Calcutta medical institutions reports 1879-81 [i.e.91]
Year: 1879
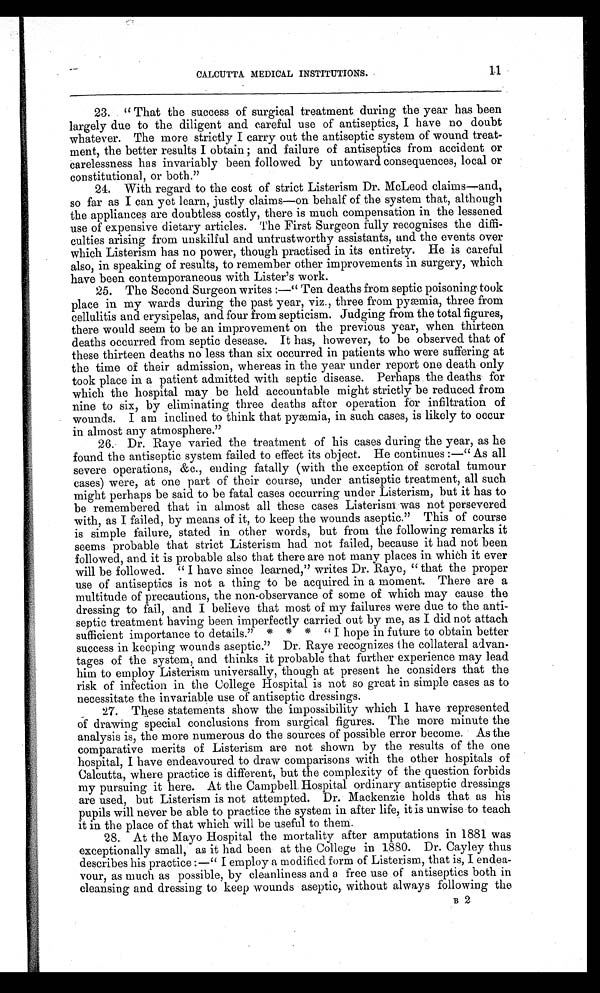
11
CALCUTTA MEDICAL INSTITUTIONS.
23. "That the success of surgical treatment during the year has been
largely due to the diligent and careful use of antiseptics, I have no doubt
whatever. The more strictly I carry out the antiseptic system of wound treat
-
ment, the better results I obtain and failure of antiseptics from accident or
carelessness has invariably been followed by untoward consequences, local or
constitutional, or both."
24. With regard to the cost of strict Listerism Dr. McLeod claims—and,
so far as I can yet learn, justly claims—on behalf of the system that, although
the appliances are doubtless costly, there is much compensation in the lessened
use of expensive dietary articles. The First Surgeon fully recognises the diffi
-
culties arising from unskilful and untrustworthy assistants, and the events over
which Listerism has no power, though practised in its entirety. He is careful
also, in speaking of results, to remember other improvements in surgery, which
have been contemporaneous with Lister's work.
25. The Second Surgeon writes:—"Ten deaths from septic poisoning took
place in my wards during the past year, viz., three from pyæmia, three from
cellulitis and erysipelas, and four from septicism. Judging from the total figures,
there would seem to be an improvement on the previous year, when thirteen
deaths occurred from septic desease. It has, however, to be observed that of
these thirteen deaths no less than six occurred in patients who were suffering at
the time of their admission, whereas in the year under report one death only
took place in a patient admitted with septic disease. Perhaps the deaths for
which the hospital may be held accountable might strictly be reduced from
nine to six, by eliminating three deaths after operation for infiltration of
wounds. I am inclined to think that pyæmia, in such cases, is likely to occur
in almost any atmosphere."
26. Dr. Raye varied the treatment of his cases during the year, as he
found the antiseptic system failed to effect its object. He continues:—"As all
severe operations, &c., ending fatally (with the exception of scrotal tumour
cases) were, at one part of their course, under antiseptic treatment, all such
might perhaps be said to be fatal cases occurring under Listerism, but it has to
be remembered that in almost all these cases Listerism was not persevered
with, as I failed, by means of it, to keep the wounds aseptic." This of course
is simple failure, stated in other words, but from the following remarks it
seems probable that strict Listerism had not failed, because it had not been.
followed, and it is probable also that there are not many places in which it ever
will be followed. "I have since learned," writes Dr. Raye, "that the proper
use of antiseptics is not a thing to be acquired in a moment. There are a
multitude of precautions, the non-observance of some of which may cause the
dressing to fail, and I believe that most of my failures were due to the anti
-
septic treatment having been imperfectly carried out by me, as I did not attach
sufficient importance to details." * * * "I hope in future to obtain better
success in keeping wounds aseptic." Dr. Raye recognizes the collateral advan
-
tages of the system, and thinks it probable that further experience may lead
him to employ Listerism universally, though at present he considers that the
risk of infection in the College Hospital is not so great in simple cases as to
necessitate the invariable use of antiseptic dressings.
27. These statements show the impossibility which I have represented
o f d r a w i n g s p e c i a l c o n c l u s i o n s f r o m s u r g i c a l f i g u r e s . T h e m o r e m i n u t e t h e
analysis is, the more numerous do the sources of possible error become. As the
comparative merits of Listerism are not shown by the results of the one
hospital, I have endeavoured to draw comparisons with the other hospitals of
Calcutta, where practice is different, but the complexity of the question forbids
my pursuing it here. At the Campbell Hospital ordinary antiseptic dressings
are used, but Listerism is not attempted. Dr. Mackenzie holds that as his
pupils will never be able to practice the system in after life, it is unwise to teach
it in the place of that which will be useful to them.
28. At the Mayo Hospital the mortality after amputations in 1881 was
exceptionally small, as it had been at the College in 1880. Dr. Cayley thus
describes his practice:—"I employ a modified form of Listerism, that is, I endea
-
vour, as much as possible, by cleanliness and a free use of antiseptics both in
cleansing and dressing to keep wounds aseptic, without always following the
B 2